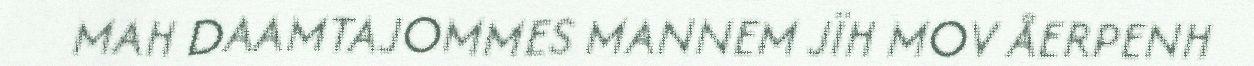
MAH DAAMTAJOMMES MANNEM JÏH MOV ÅERPENH